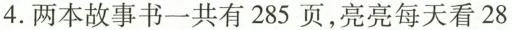
4. 两本故事书一共有285页，亮亮每天看28